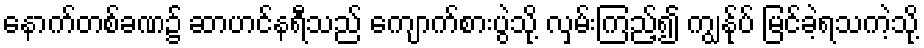
နောက်တစ်ခဏ၌ ဆာဟင်နရီသည် ကျောက်စားပွဲသို့ လှမ်းကြည့်၍ ကျွန်ုပ် မြင်ခဲ့ရသကဲ့သို့